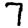
Digit: 7